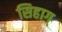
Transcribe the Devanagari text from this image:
सिहाग्